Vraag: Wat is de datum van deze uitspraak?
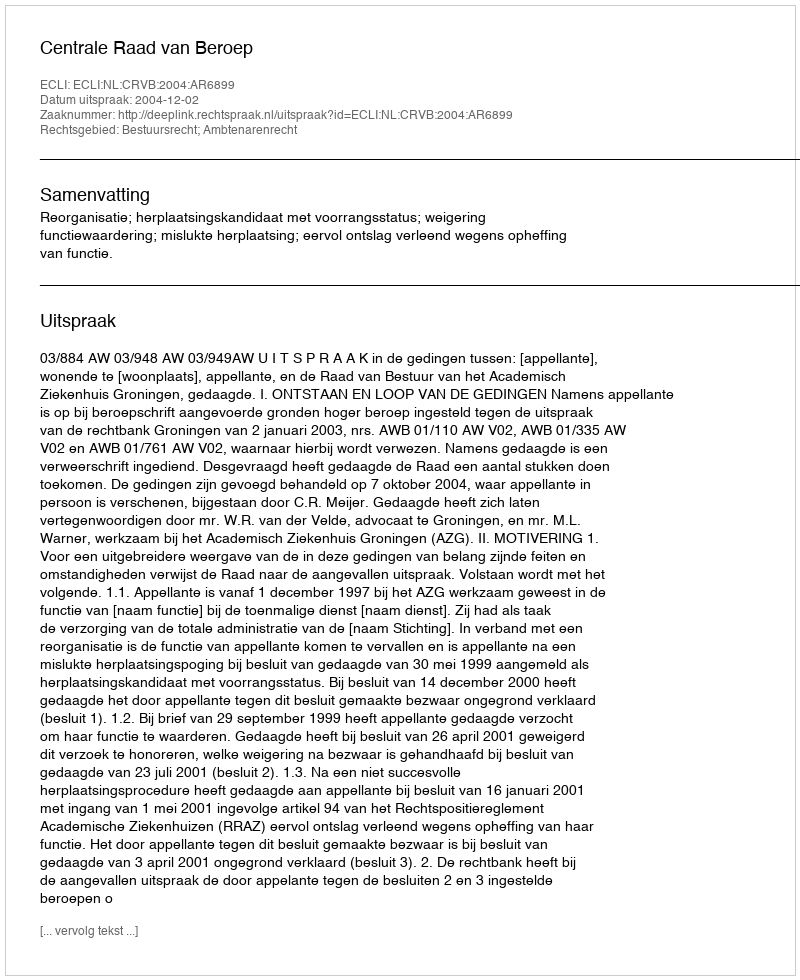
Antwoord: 2004-12-02